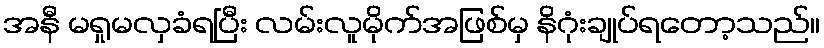
အနီ မရှုမလှခံရပြီး လမ်းလူမိုက်အဖြစ်မှ နိဂုံးချုပ်ရတော့သည်။